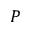
P